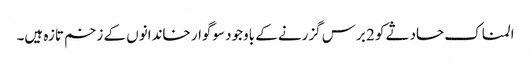
المناک حادثے کو 2 برس گزرنے کے باوجود سوگوار خاندانوں کے زخم تازہ ہیں۔